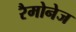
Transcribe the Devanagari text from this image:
रैमोनेज